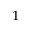
^ 1